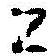
Z